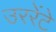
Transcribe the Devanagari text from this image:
उररेंटे